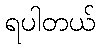
ရပါတယ်